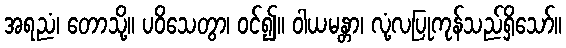
အရညံ၊ တောသို့။ ပဝိသေတွာ၊ ဝင်၍။ ဝါယမန္တာ၊ လုံ့လပြုကုန်သည်ရှိသော်။